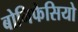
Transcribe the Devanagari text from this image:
बोनिफेसियो